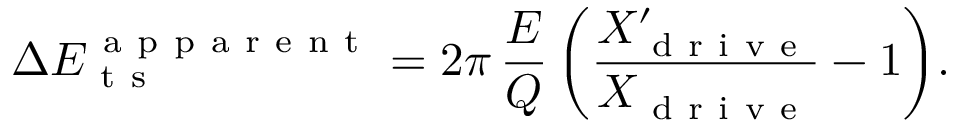
\Delta E _ { \mathrm { ~ t ~ s ~ } } ^ { \mathrm { ~ a ~ p ~ p ~ a ~ r ~ e ~ n ~ t ~ } } = 2 \pi \, \frac { E } { Q } \, \bigg ( \frac { X _ { \mathrm { ~ d ~ r ~ i ~ v ~ e ~ } } ^ { \prime } } { X _ { \mathrm { ~ d ~ r ~ i ~ v ~ e ~ } } } - 1 \bigg ) .